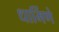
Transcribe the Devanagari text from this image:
धार्मिणे